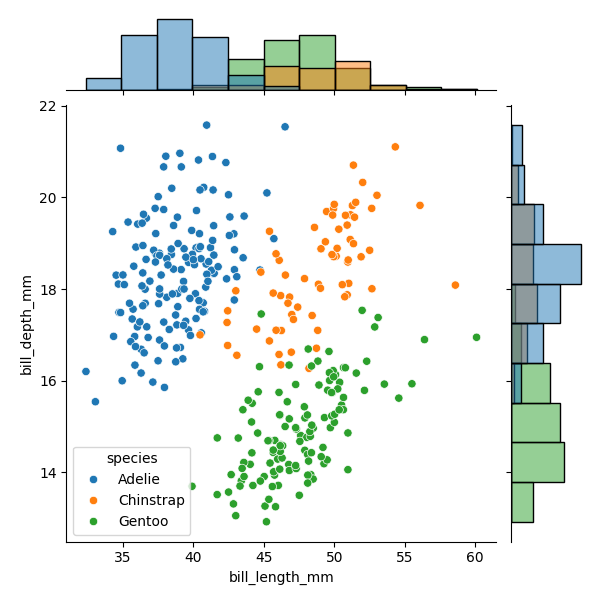
python, seaborn, JointGrid, scatterplot, histplot, hue